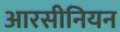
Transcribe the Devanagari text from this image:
आरसीनियन